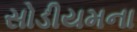
સોડીયમના